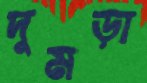
দুমড়া